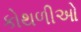
કોથળીઓ